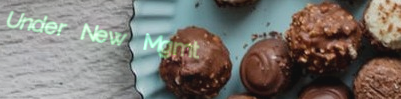
Under New Mgmt